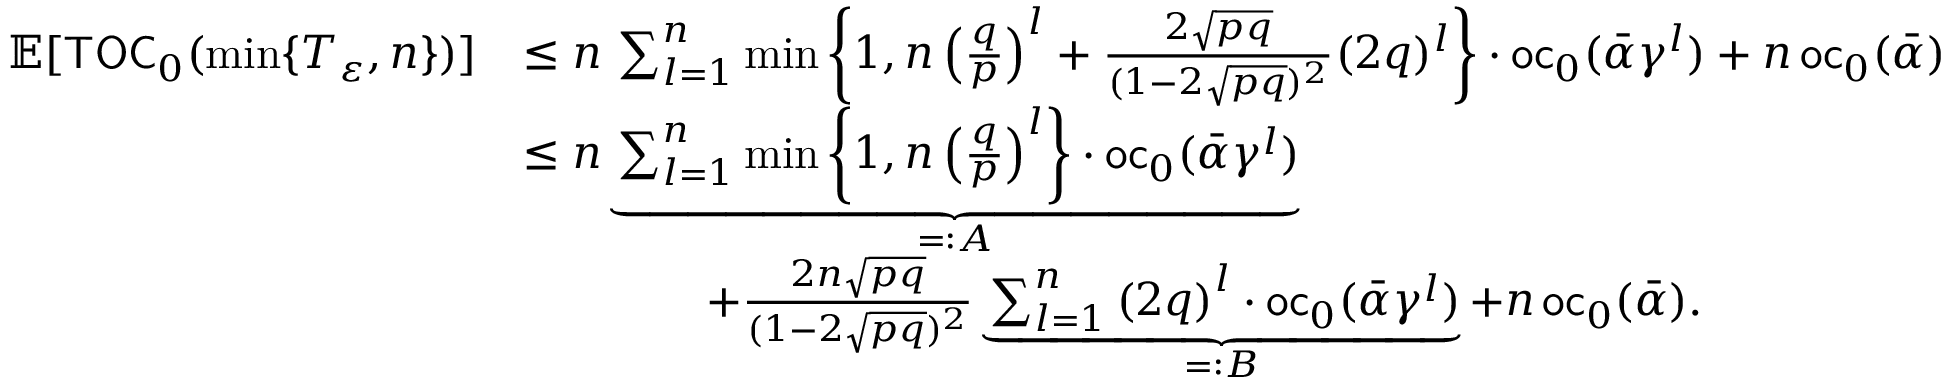
\begin{array} { r l } { \mathbb { E } [ \mathsf { T O C } _ { 0 } ( \operatorname* { m i n } \{ T _ { \varepsilon } , n \} ) ] } & { \leq n \, \sum _ { l = 1 } ^ { n } \operatorname* { m i n } \left\{ 1 , n \left( \frac { q } { p } \right) ^ { l } + \frac { 2 \sqrt { p q } } { ( 1 - 2 \sqrt { p q } ) ^ { 2 } } ( 2 q ) ^ { l } \right\} \cdot \mathsf { o c } _ { 0 } ( \bar { \alpha } \gamma ^ { l } ) + n \, \mathsf { o c } _ { 0 } ( \bar { \alpha } ) } \\ & { \leq n \underbrace { \sum _ { l = 1 } ^ { n } \operatorname* { m i n } \left\{ 1 , n \left( \frac { q } { p } \right) ^ { l } \right\} \cdot \mathsf { o c } _ { 0 } ( \bar { \alpha } \gamma ^ { l } ) } _ { = : A } } \\ & { \qquad \qquad + \frac { 2 n \sqrt { p q } } { ( 1 - 2 \sqrt { p q } ) ^ { 2 } } \underbrace { \sum _ { l = 1 } ^ { n } \left( 2 q \right) ^ { l } \cdot \mathsf { o c } _ { 0 } ( \bar { \alpha } \gamma ^ { l } ) } _ { = : B } + n \, \mathsf { o c } _ { 0 } ( \bar { \alpha } ) . } \end{array}